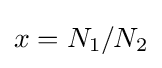
x=N_{1}/N_{2}